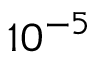
1 0 ^ { - 5 }